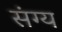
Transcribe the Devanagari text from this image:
संग्य